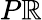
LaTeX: P\mathbb{R}